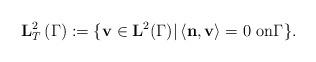
LaTeX: \begin{align*}\mathbf{L}_{T}^{2}\left( \Gamma\right) :=\{\mathbf{v}\in\mathbf{L}^{2}(\Gamma)|\left\langle \mathbf{n},\mathbf{v}\right\rangle =0\text{ on}\Gamma\}. \end{align*}